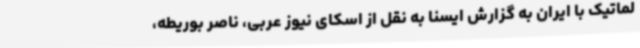
لماتیک با ایران به گزارش ایسنا به نقل از اسکای نیوز عربی، ناصر بوریطه،